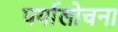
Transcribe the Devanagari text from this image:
पर्यालोचना